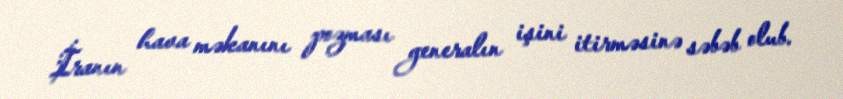
İranın hava məkanını pozması generalın işini itirməsinə səbəb olub.